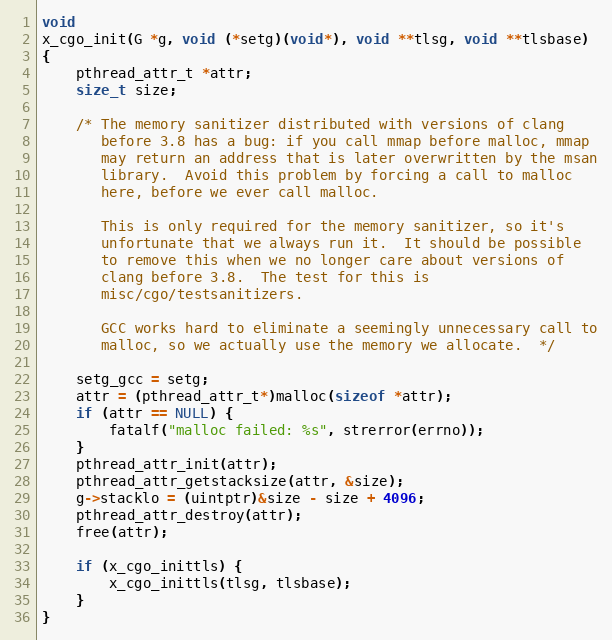
Language: C
void
x_cgo_init(G *g, void (*setg)(void*), void **tlsg, void **tlsbase)
{
	pthread_attr_t *attr;
	size_t size;

	/* The memory sanitizer distributed with versions of clang
	   before 3.8 has a bug: if you call mmap before malloc, mmap
	   may return an address that is later overwritten by the msan
	   library.  Avoid this problem by forcing a call to malloc
	   here, before we ever call malloc.

	   This is only required for the memory sanitizer, so it's
	   unfortunate that we always run it.  It should be possible
	   to remove this when we no longer care about versions of
	   clang before 3.8.  The test for this is
	   misc/cgo/testsanitizers.

	   GCC works hard to eliminate a seemingly unnecessary call to
	   malloc, so we actually use the memory we allocate.  */

	setg_gcc = setg;
	attr = (pthread_attr_t*)malloc(sizeof *attr);
	if (attr == NULL) {
		fatalf("malloc failed: %s", strerror(errno));
	}
	pthread_attr_init(attr);
	pthread_attr_getstacksize(attr, &size);
	g->stacklo = (uintptr)&size - size + 4096;
	pthread_attr_destroy(attr);
	free(attr);

	if (x_cgo_inittls) {
		x_cgo_inittls(tlsg, tlsbase);
	}
}